King Institute of Preventive Medicine Micro-Biological Section reports 1909-11
Year: 1909
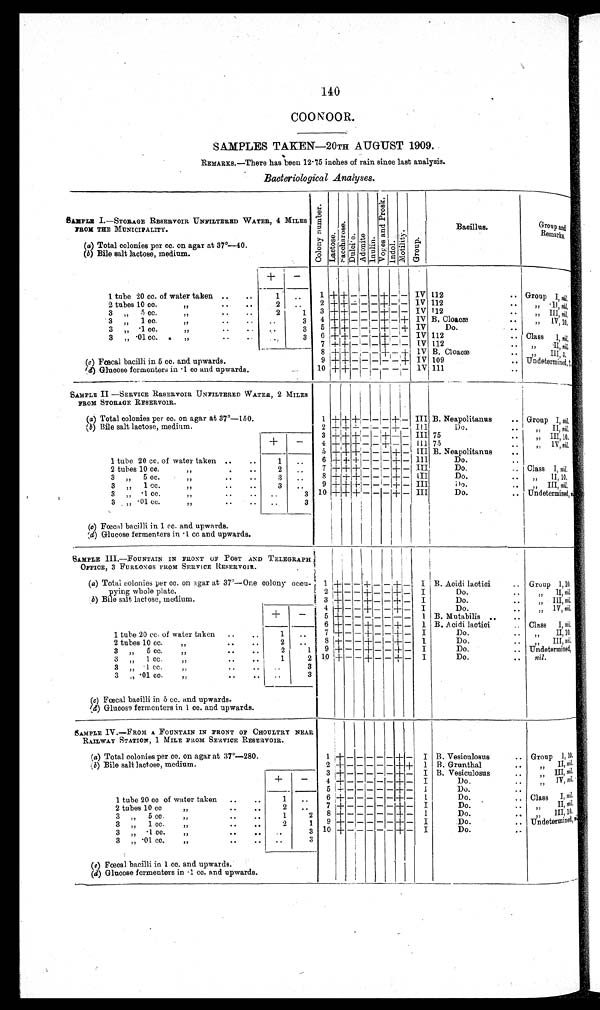
140
COONOOR.
SAMPLES.TAKEN—20TH.AUGUST.1909.
REMARKS.-There.has.been.12·75.inches.of.rain.since.last.analysis.
Bacteriological.Analyses.
SAMPLE.I.-STORAGE.RESERVOIR.UNFILTERED.WATER,. 4. MILES
FROM.THE.MUNICIPALITY.
C o l o n y . n u m b e r . Lact ose N a c c h a r o s e Du l o i t e Ad o n i t e Inul i n
Vo y e s . a n d . P r o s k . I ndol
Mot i l i t y.
Gr o u p
B a c i l l u s
Group.and
Remarks.
(a).Total.colonies.per.cc..on.agar.at.37°—40.
(b).Bile.salt.lactose,.medium.
+
-
+
1 tube 20.cc. of.water.taken _
.,
1
..
1 + + - - - + - - IV 112
... Group I,.n i l ,
2 tubes 10.cc.
...
..
. . .
2
..
2 + + - - - + - - IV 112
. . .
,, II,.n il,
3 „ 5.cc.
... . . . .
2
1 3 +
+ - - - + - - IV 112
..
,,
III,. n i l .
3 „ 1.cc.
,,
. . . .
, .
3 4 + + - - - + - + IV B..Cloacæ
. . .
,, IV, . 1 0 ,
3
,,
·1.cc.
,,
..
3 5 + + - - - + - - IV
Do.
3 „ ·01.cc. ,, „
..
..
3 6 + + -
-
- + - - IV 112
. .
Class I , . n i l ,
8 +
+ - - - + - + IV B..Cloacæ
...
,,
III,3,
(c).Fæcal.bacilli.in.5.cc..and.upwards.
9 ++ + - - - - - - + IV 109
... Undetermined,1
(d).Glucose.fermenters.in.·1.cc.and.upwards.
10 +
+ -
- - -
- - IV 111
...
SAMPLE.II.-SERVICE.RESERVOIR.UNFILTERED.WATER,. 2. MILES
FROM.STORAGE.RESERVOIR.
(a). Total.colonies.per.cc..on.agar.at.37°—150.
1 + + + - - - + - III B..Neapolitanus
.. Group
I , .
n i l .
(b). Bile.salt.lactose,.medium.
2 + + - - - - - - Ill
Do.
„ „
II,.n i l .
3 + + + - - + - - III 75„
„
III,10,
+
-
4 + + + - - + - - III 75„
,
IV.nil
..
5 + +
+ - - - + - III B..Neapolitanus
..
1 tube 20.cc. of.water.taken ..
..
1
..
6 + + + - - - - +
I I I
Do.
...
2 tubes 10.cc.
.
. . .
2
..
7 + + + - - - + - III
Do.
.. Class I,.nil,
3 „ 5.cc.
,,
,,
..
..
3
..
8 + + + - - - + -
III
Do.
„ II,10,
3
..
„ 1.CC.
..
,
..
..
3
..
9 +
++
+
- - - + - III
i)o.
.
, III,.n i l .
3 „ ·1.cc.
..
..
..
3 10 + + + - - - + - III
Do.
... Undetermined,.1
3
..
·01.cc.
..
. . . .
..
3
(c). Fæcal.bacilli.in.1.cc..and.upwards.
(d).Glucose.fermenters.in.·1.cc.and.upwards.
SAMPLE.III.—FOUNTAIN.IN.FRONT.OF.POST.AND.TELEGRAPH
.OFFICE,. 3. FURLONGS.FROM.SERVICE.RESERVOIR.
(a). Total.colonies.per.cc..on.agar.at.37°—One.colony.occu
pying.whole.plate.
1 + - - + - - + - I B..Acidi.lactici
.. Group 1 , 1 0 ,
2
+ - - + - - + - I
Do.
..
,,
II,.n i l .
( b ) .
B i l e . s a l t . . l a c t o s e , . m e d i u m .
3 + - - + - - + - I
Do.
. . .
,, IIII nil,
4
+ - - + - - + - I
Do.
.. .
,, IV,.nil,
+
-
5 + - - - - - - - I B..Mutabilis ...
..
,,
3
6 + - - + - - + - 1 B..Acidi.lactici
Class I,.n i l ,
1 tube 20.cc. of.water.taken ..
1
..
7 + - - + - - + - 1
Do.
. . .
, . ,
II,nil .
2 tubes 10.cc.
..
. . .
2
..
8 + - - + - - + - I
Do.
. . .
,,
III,nil.
„ 5.cc.
„„
...
. . .
2
1
9 + - - + - - - - I
Do.
.. Undetermined,
3 „ 1cc.
„
..
..
1
2 10
+ - - + - - + -
I
Do.
..
n i l
3 „ ·1cc.
„
...
. . .
,,
3
3 ,, ·01.cc.
„
..
..
..
3
(c). Fœcal.bacilli.in.5.cc..and.upwards.
(d).Glucose.fermenters.in.1.cc..and.upwards.
SAMPLE.IV.—FROM.A.FOUNTAIN.IN.FRONT.OF.CHOULTRY.NEAR
RAILWAY.STATION,.1.MILE.FROM.SERVICE.RESERVOIR.
(a).Total.colonies.per.cc..on.agar.at.37°—280.
1 + - - - - - + - I B..Vesiculosus
. . . Group I , . 10.
(b).Bile.salt.lactose,.medium.
2 + - - - - - + + 1 B..Grunthal
...
,,
II,.n i l .
3 + - - - - - - - I B..Vesiculosus
. . .
,,
I I I ,
n i l
+
-
4 + - - - - - + - I
Do.
. . .
, IV,nil,
5 +
- - - - + - I
Do.
. . .
,,
1 tube 20.cc of.water.taken ..
..
1
..
6 + - - - - - +.+ - I
Do.
,.. Class I,.n i l .
2 tubes 10.cc
'',
. . . .
2
..
7 +
- - - - + - I
Do.
. . .
I I ,n
i l
3
5.cc.
„
..
. . .
1
2 8 + - - - - - + - I
Do.
. . .
" III,n i l
3
1.cc.
,,
...
. . .
2
1
9 +
- - - - + - - I
Do.
.. Undetermined
3
. ·1.cc
,,
..
. . . ..
3 10 + - - - -
- + - I
Do.
.
3 „ ·01.cc.
„
..
..
.
3
(c). Fœcal.bacilli.in.1.cc..and.upwards.
(d).Glucose.fermenters.in.·1.cc..and.upwards.
I